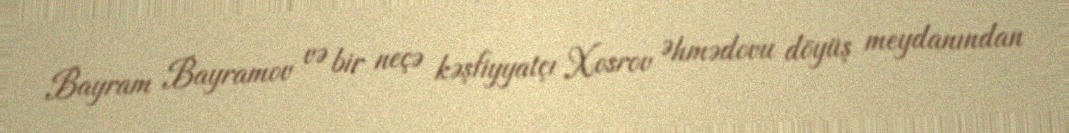
Bayram Bayramov və bir neçə kəşfiyyatçı Xosrov Əhmədovu döyüş meydanından